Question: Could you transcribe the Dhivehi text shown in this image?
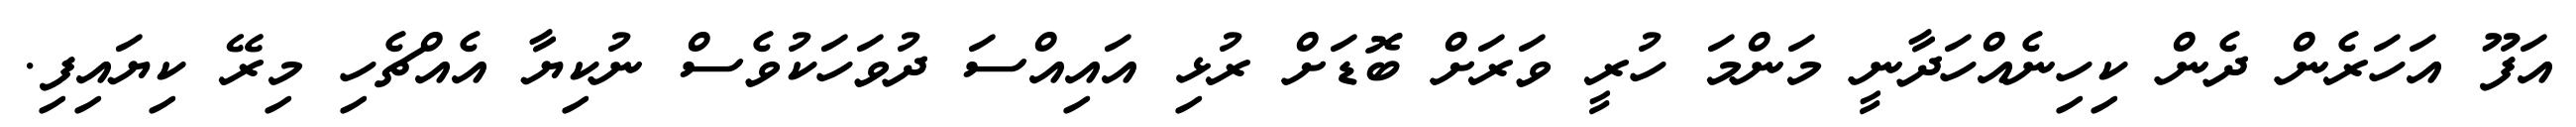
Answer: އަފޫ އަހަރެން ދެން ކިހިނެއްހަދާނީ މަންމަ ހުރީ ވަރަށް ބޮޑަށް ރުޅި އައިއްސަ ދުވަހަކުވެސް ނުކިޔާ އެއްޗެހި މިރޭ ކިޔައިފި.